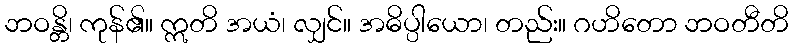
ဘဝန္တိ၊ ကုန်၏။ ဣတိ အယံ၊ လျှင်။ အဓိပ္ပါယော၊ တည်း။ ဂဟိတော ဘဝတီတိ